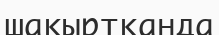
шақыртқанда